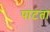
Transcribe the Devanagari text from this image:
पाटता